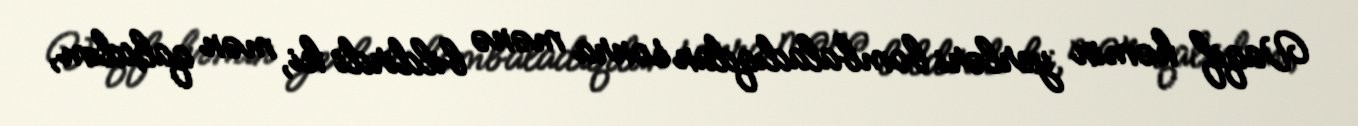
Vaqif həmin yerləri bombaladıqdan sonra mənə bildirdi ki, mən qalxdım,